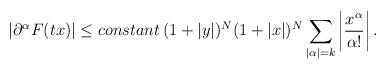
LaTeX: \begin{align*}\left|\partial^\alpha F(tx)\right|\leq constant\, (1+|y|)^{N}(1+|x|)^{N}\sum_{|\alpha|=k}\left|\frac{x^\alpha}{\alpha!}\right|.\end{align*}